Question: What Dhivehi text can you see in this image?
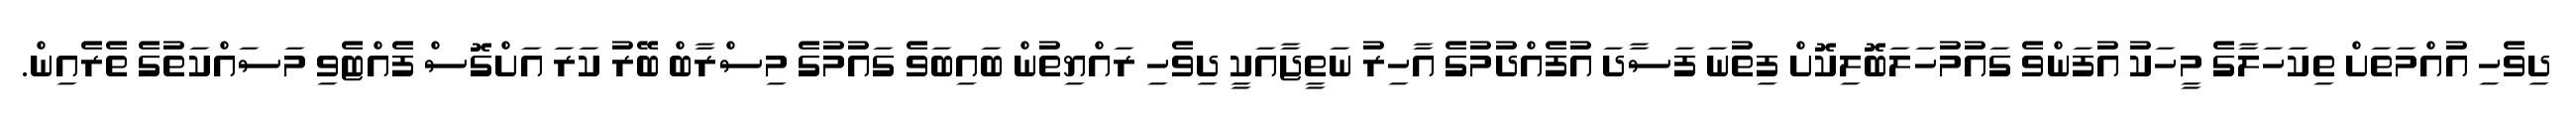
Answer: ދިވެހި އުއްމަތަށް ތިކަހަލާގެ މީހަކު އުފަންވެ ގައުމުހަލަބޮލިކޮށް ފިތުނަ ފަސާދަ އުފެއްދުމުގެ އާހިރު ނަތީޖާއަކީ ދިވެހި ރައްޔިތުން ބައިބަވެ ގައުމުގެ މިސްރާބް ބޭރު ކަރަ އަށްގޮސް ފެއްޓެވި މަސައްކަތުގެ ތެރެއިން.